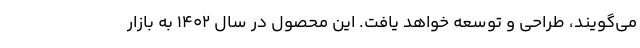
می‌گویند، طراحی و توسعه خواهد یافت. این محصول در سال ۱۴۰۲ به بازار